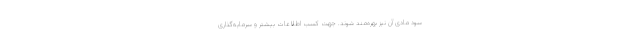
سود مادی آن نیز بهره‌مند شوند. جهت کسب اطلاعات بیشتر و سرمایه‌گذاری